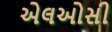
એલઓસી